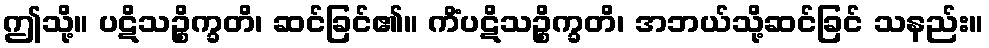
ဤသို့။ ပဋိသဉ္စိက္ခတိ၊ ဆင်ခြင်၏။ ကိံပဋိသဉ္စိက္ခတိ၊ အဘယ်သို့ဆင်ခြင် သနည်း။